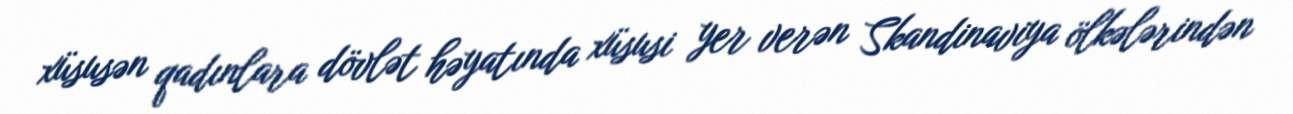
xüsusən qadınlara dövlət həyatında xüsusi yer verən Skandinaviya ölkələrindən